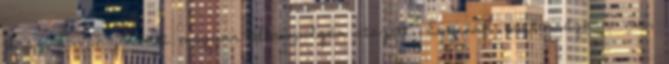
olasz komphajón két magyar állampolgár utazott. Egyikük biztonságban van,